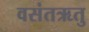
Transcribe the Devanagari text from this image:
वसंतऋतु